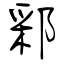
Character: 䣋